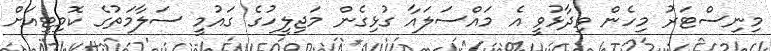
މިނިސްޓަރު މިހެން ވިދާޅުވީ އެ މައްސަލައާ ގުޅިގެން މަޖިލީހުގެ ގައުމީ ސަލާމަތުގެ ކޮމިޓީއަށް